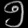
Digit: ၅